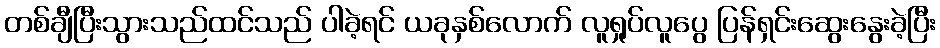
တစ်ချီပြီးသွားသည်ထင်သည် ပါခဲ့ရင် ယခုနှစ်လောက် လူရှုပ်လူပွေ ပြန်ရှင်းဆွေးနွေးခဲ့ပြီး